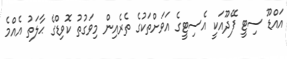
އައްޑޫ ސިޓީ ފޭދޫއަކީ އެސިޓީގެ އަވަށްތަކުގެ ތެރެއިން މިވަގުތު ކޮވިޑްގެ ޙާލަތު އެއްމެ